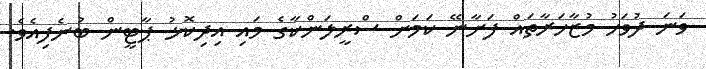
ވަނަ ދުވަހު މުޒާހަރާތައް ފަށާނޭ ކަމަށް ސްރީލަންކާގެ މައި އިދިކޮޅު ޕާޓީން ބުނެފިއެވެ.